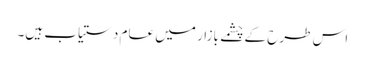
اس طرح کے چشمے بازار میں عام دستیاب ہیں۔